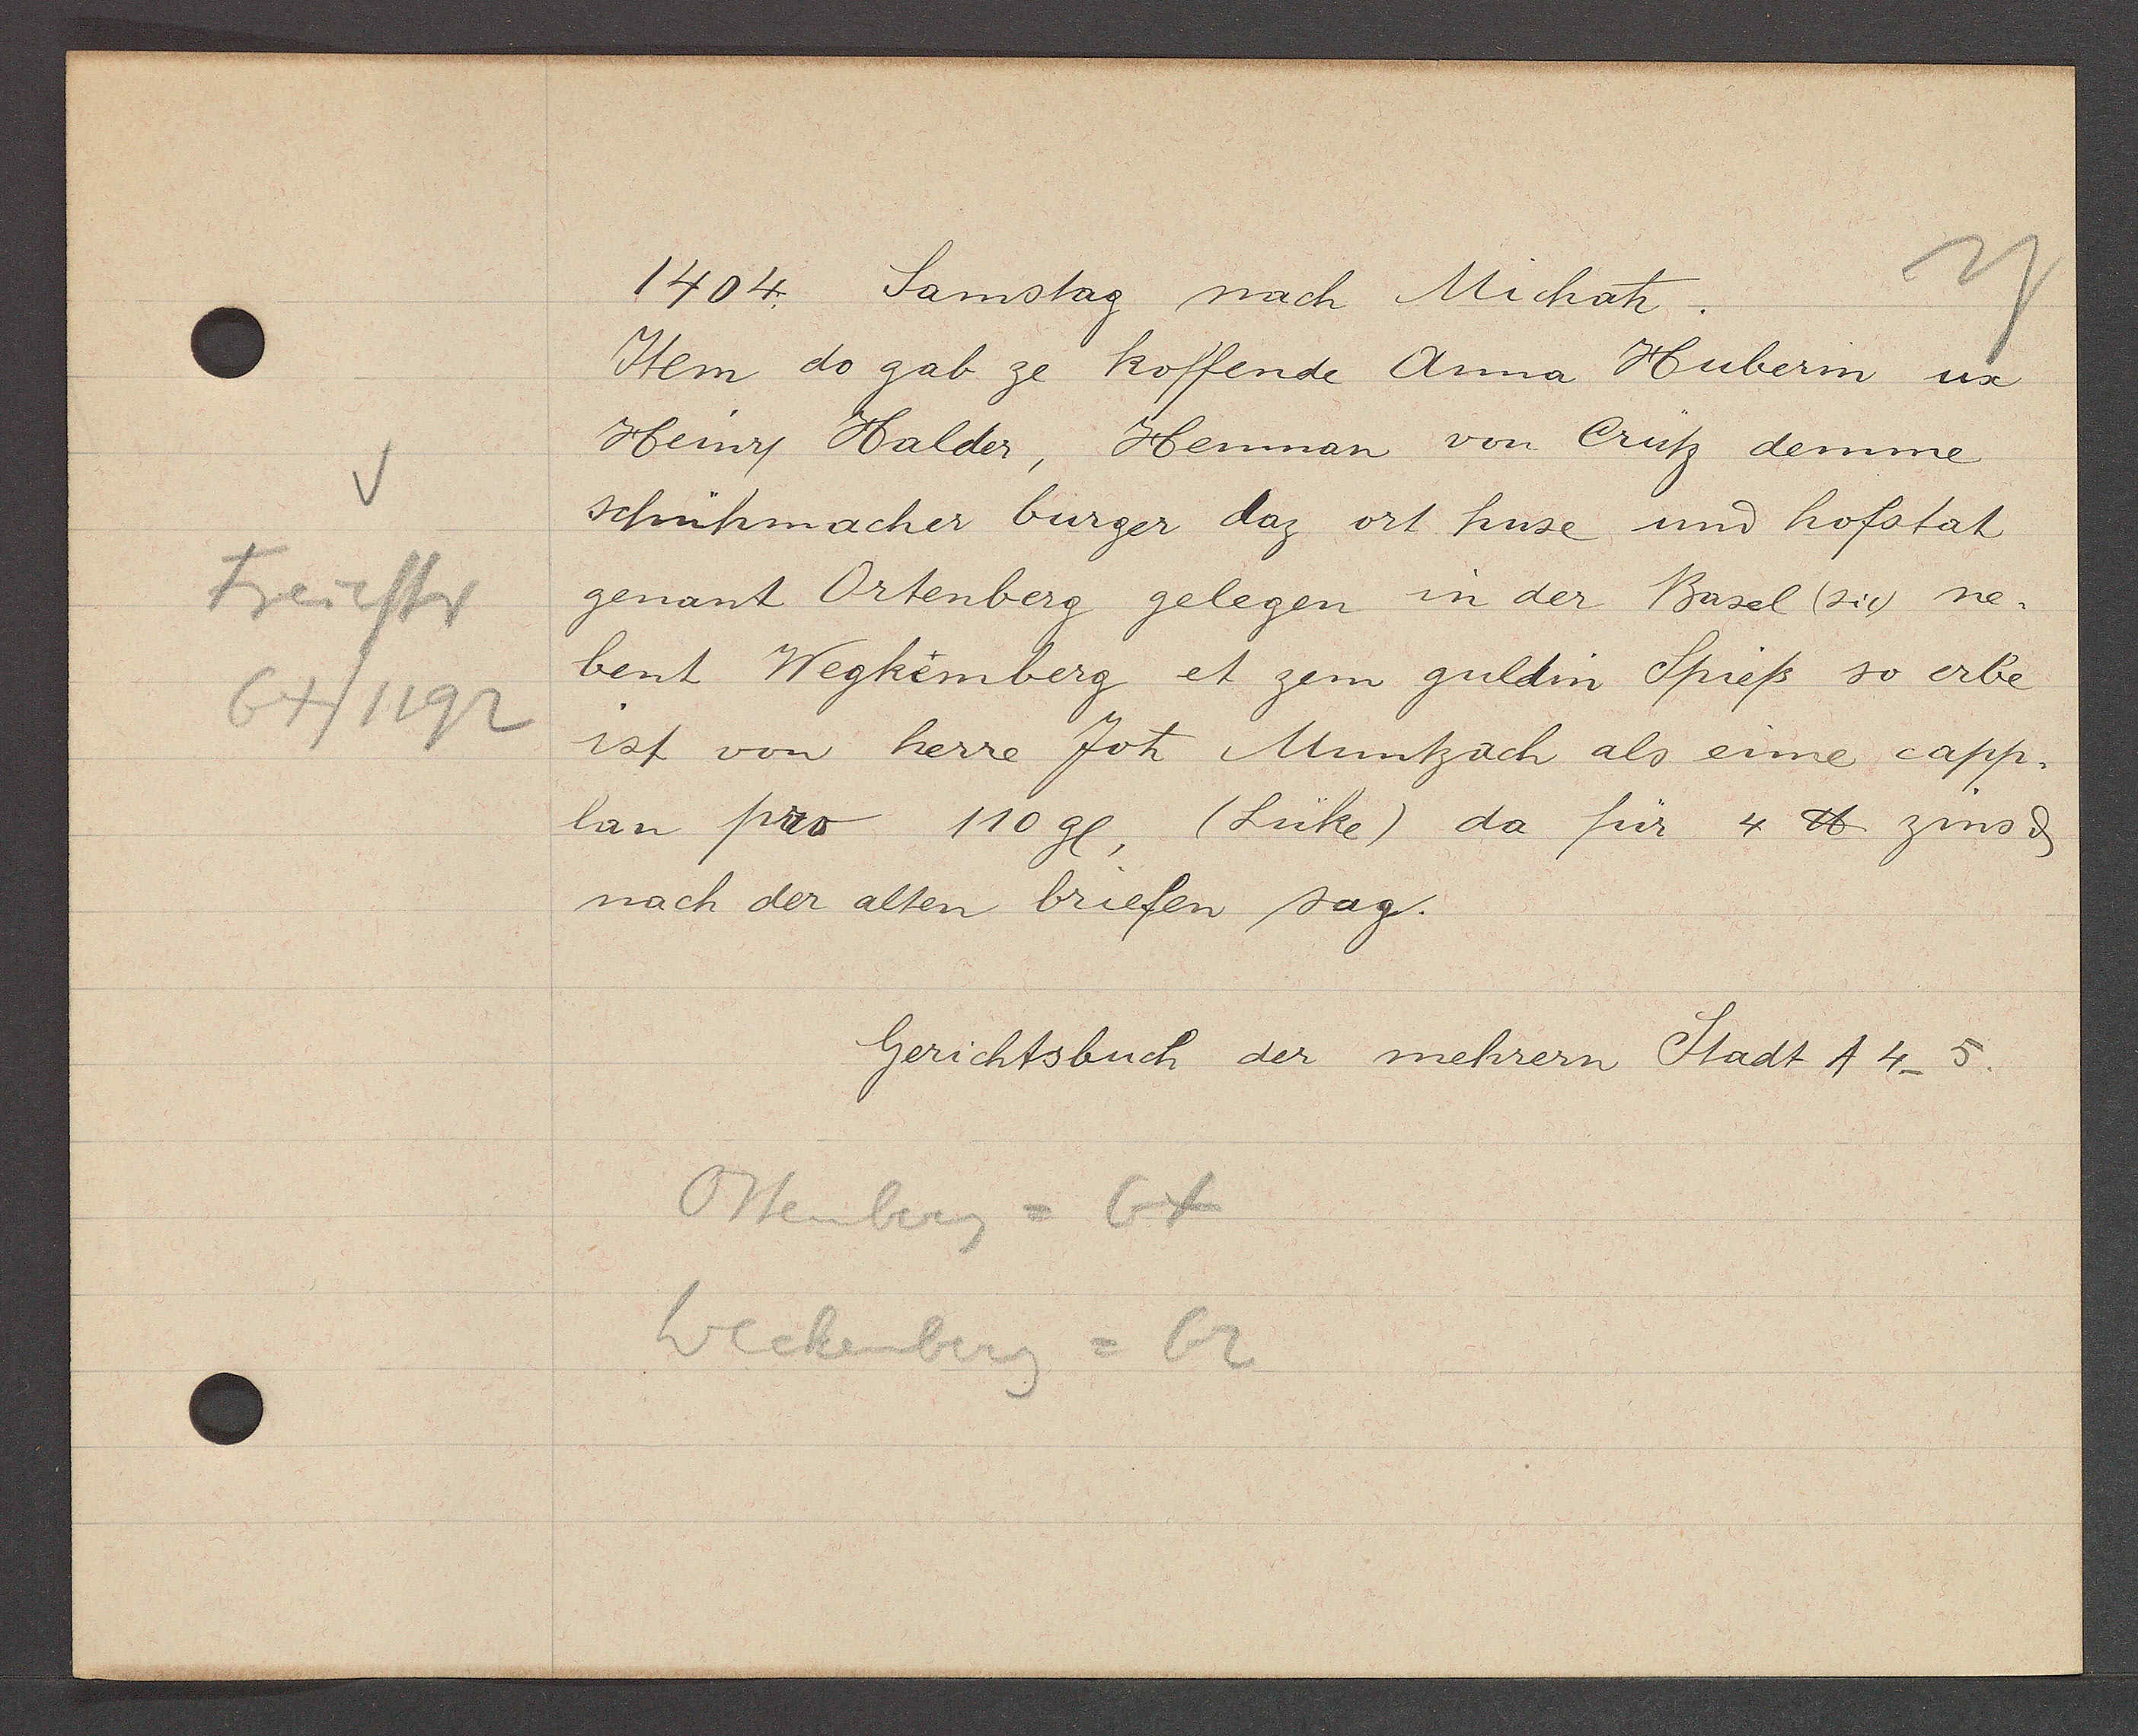
Transcript:
Freiestr
64/1192

1404. Samstag nach Michatz.

Item do gab ze koffende Anna Hubern ux
Heinry Halder, Henman von Crütz demme
schuhmacher burger daz ort huse und hofstat
genant Ortenberg gelegen in der Basel (sic) ne¬
bent Wegkemberg et zem guldin Spieß so erbe
ist von herre Joh Müntzach als eine capp-
lan pro 110gl (Lüke) da für 4 ℔ zins ȡ
nach der alten briefen sag.

Ostenberg = 64
Weckenberg = 62

Gerichtsbuch der mehrern Stadt A4_5.